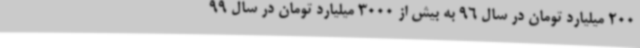
200 میلیارد تومان در سال 96 به بیش ‌از 3000 میلیارد تومان در سال 99